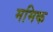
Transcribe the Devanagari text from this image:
ममिक